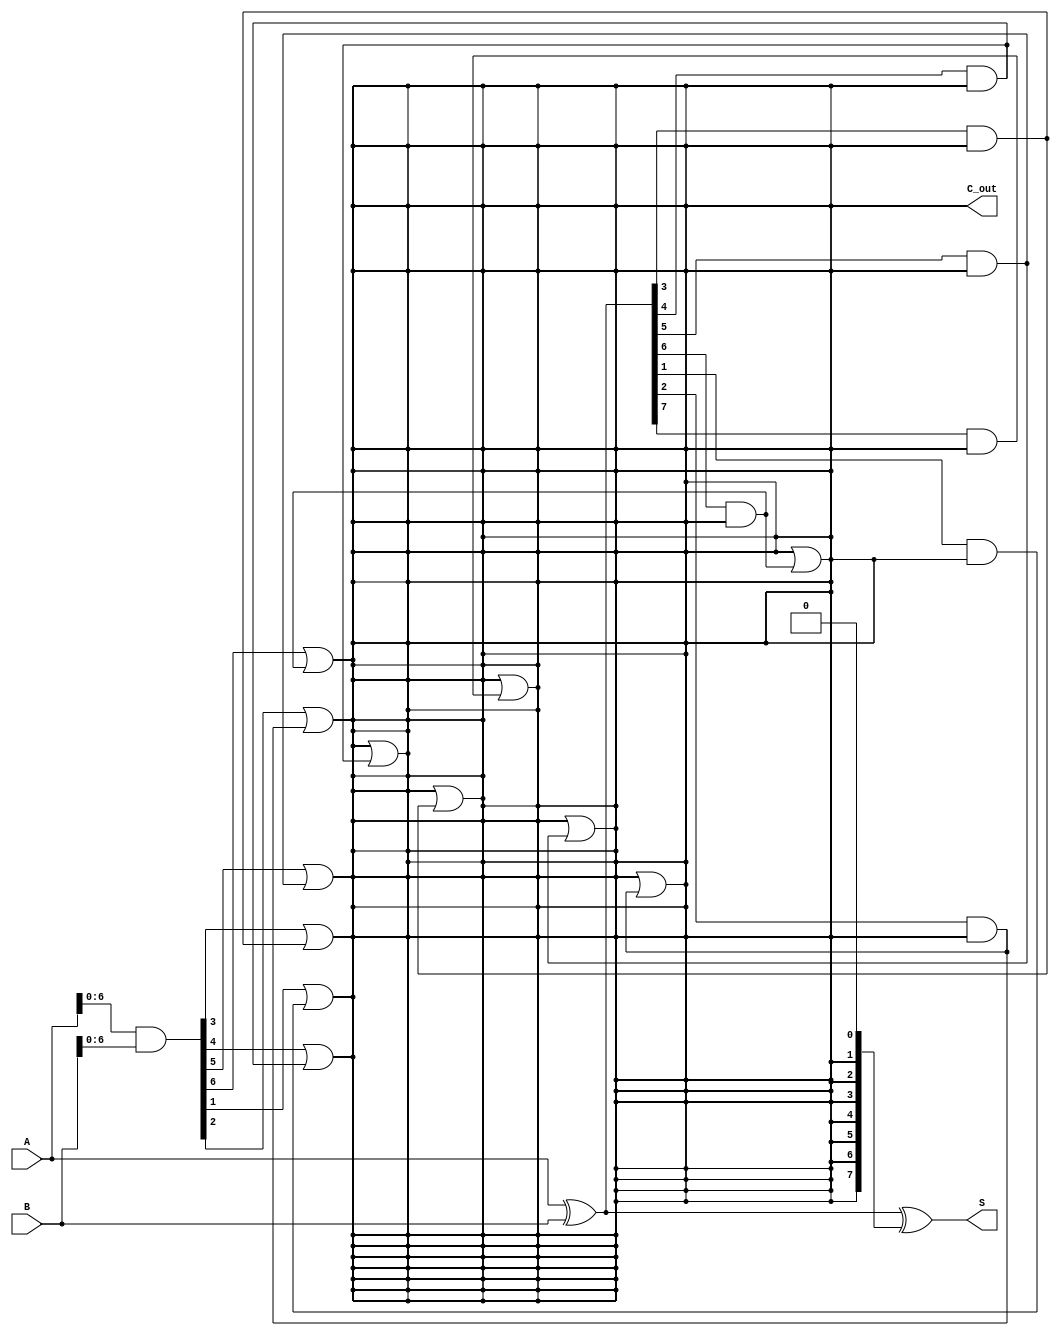
module ParallelPrefixAdder #(
    parameter N = 8 // Number of bits for the adder
)(
    input  [N-1:0] A,  // First n-bit input
    input  [N-1:0] B,  // Second n-bit input
    output [N-1:0] S,  // n-bit sum output
    output C_out       // Carry-out
);

    // Generate and Propagate signals
    wire [N-1:0] G; // Generate
    wire [N-1:0] P; // Propagate
    wire [N:0] C;   // Carry signals

    // Generate and Propagate calculations
    assign G = A & B;          // Generate
    assign P = A ^ B;          // Propagate
    assign C[0] = 1'b0;        // Initial carry-in is 0

    // Carry generation using Kogge-Stone structure
    genvar i, j;
    generate
        // Level 1
        for (i = 0; i < N-1; i = i + 1) begin : level1
            assign C[i+1] = G[i] | (P[i] & C[i]);
        end

        // Higher levels
        for (j = 1; j < N; j = j + 1) begin : levels
            for (i = 0; i < N-j; i = i + 1) begin : level
                assign C[i+j+1] = C[i+j] | (P[i+j] & C[i]);
            end
        end
    endgenerate

    // Sum calculation
    assign S = P ^ C[N-1:0]; // Sum bits
    assign C_out = C[N];     // Final carry-out

endmodule